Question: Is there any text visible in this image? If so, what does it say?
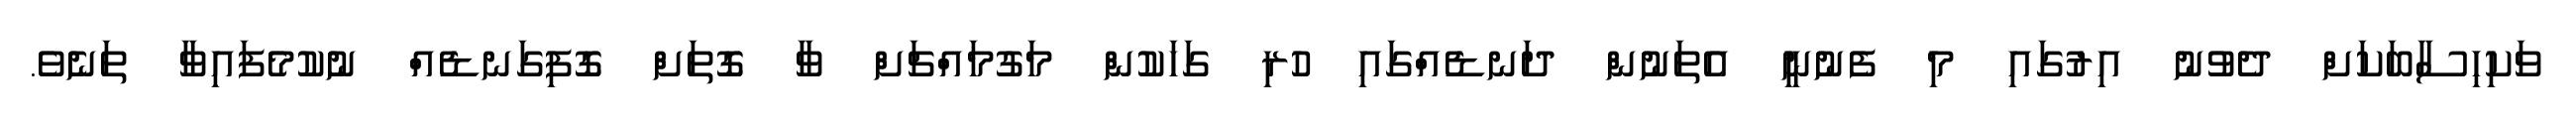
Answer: ވަކިހިސާބަކަށް ދެވުނު އިރުގައި މި ފެނުނީ އެތަނުން ދަނޑެއްގައި ހުރި ގަހަކުން މަގުމައްޗަށް ވާ ގޮތަށް ގޮފިގަނޑެއް ނުކުމެފައިވާ ތަނެވެ.